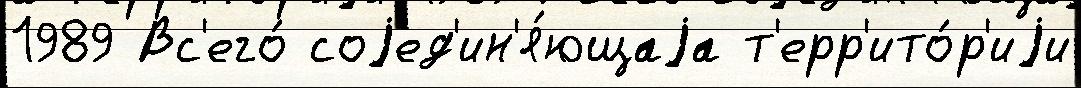
1989 Вс'его́ соjед'ин'я́ющаjа т'ерр'ито́р'иjи